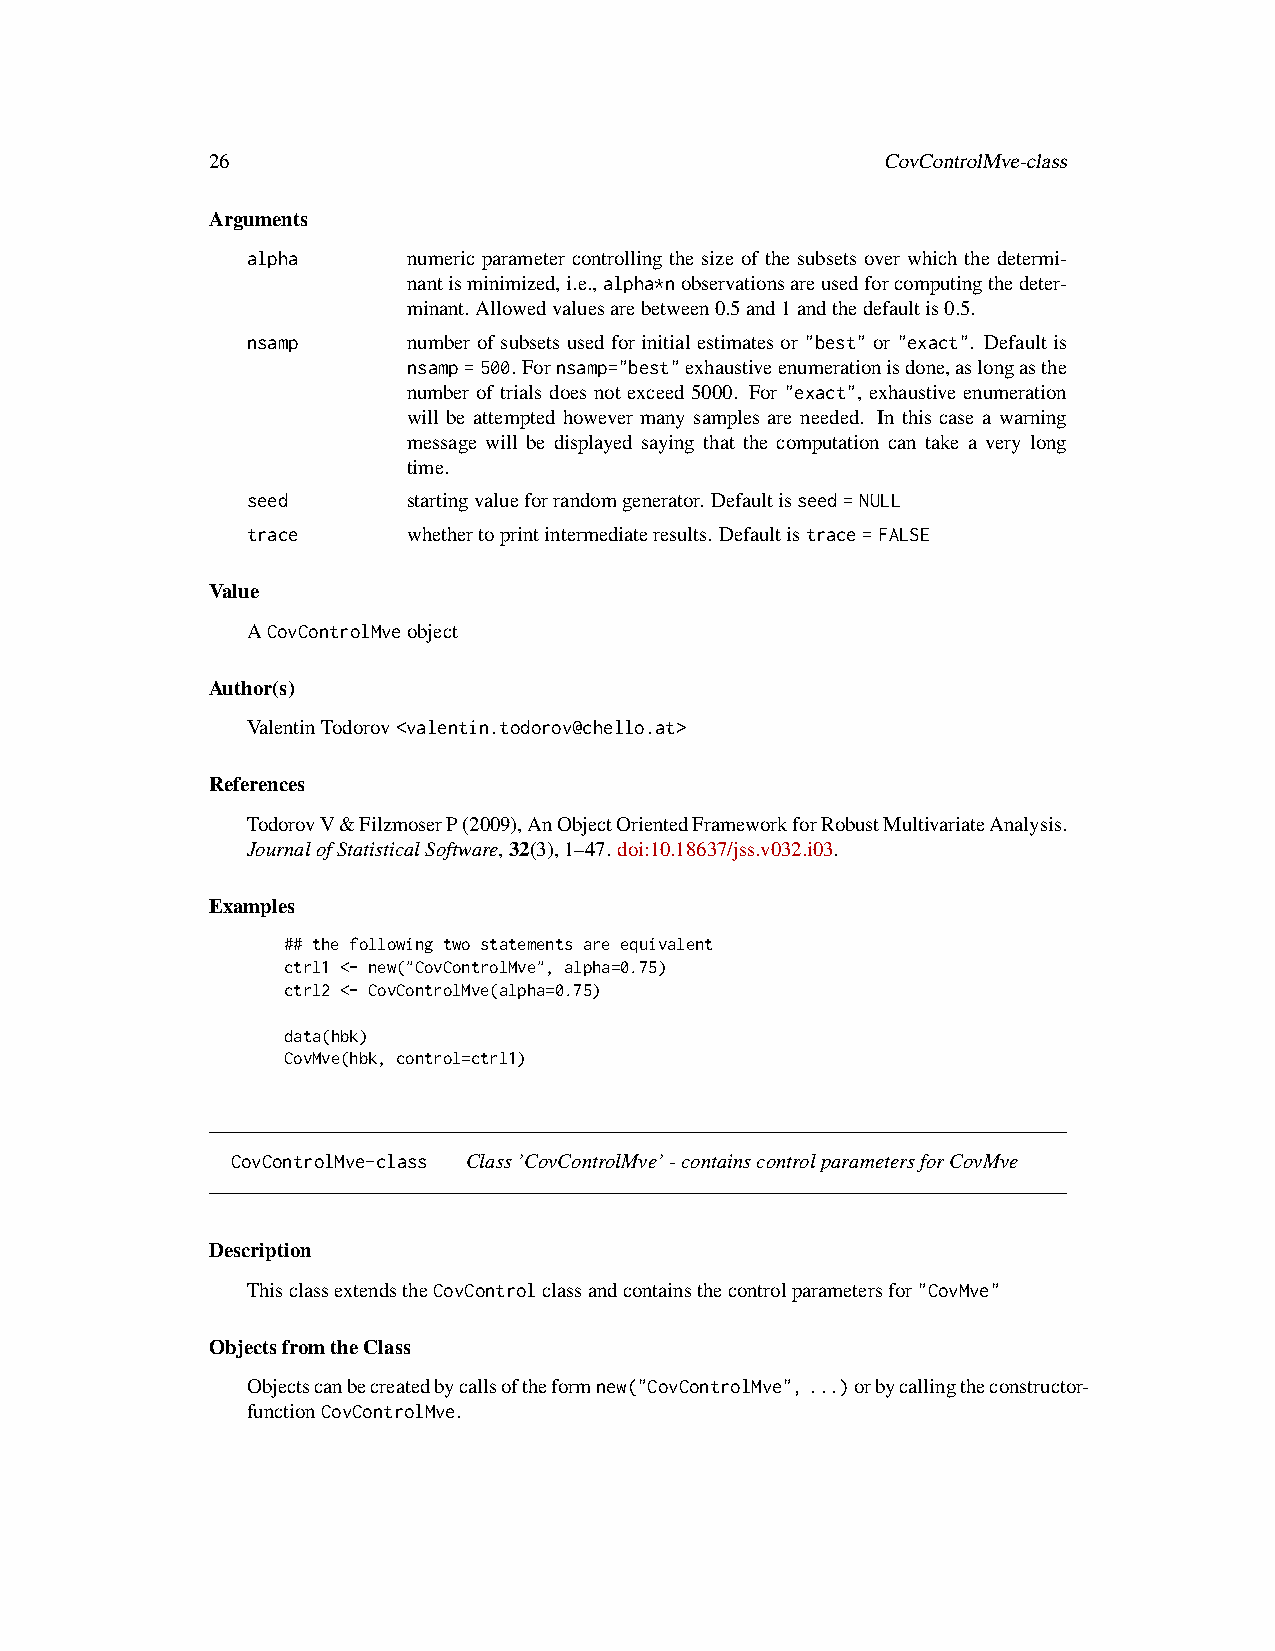
26                                           CovControlMve-class
 Arguments
 alpha      numeric parameter controlling the size of the subsets over which the determi-
 nantisminimized,i.e.,alpha*nobservationsareusedforcomputingthedeter-
 minant. Allowedvaluesarebetween0.5and1andthedefaultis0.5.
 nsamp      number of subsets used for initial estimates or "best" or "exact". Default is
 nsamp=500. Fornsamp="best"exhaustiveenumerationisdone,aslongasthe
 number of trials does not exceed 5000. For "exact", exhaustive enumeration
 will be attempted however many samples are needed. In this case a warning
 message will be displayed saying that the computation can take a very long
 time.
 seed       startingvalueforrandomgenerator. Defaultisseed=NULL
 trace      whethertoprintintermediateresults. Defaultistrace=FALSE
 Value
 ACovControlMveobject
 Author(s)
 ValentinTodorov<valentin.todorov@chello.at>
 References
 TodorovV&FilzmoserP(2009),AnObjectOrientedFrameworkforRobustMultivariateAnalysis.
 JournalofStatisticalSoftware,32(3),1–47. doi:10.18637/jss.v032.i03.
 Examples
 ## the following two statements are equivalent
 ctrl1 <- new("CovControlMve", alpha=0.75)
 ctrl2 <- CovControlMve(alpha=0.75)
 data(hbk)
 CovMve(hbk, control=ctrl1)
 CovControlMve-class Class’CovControlMve’-containscontrolparametersforCovMve
 Description
 ThisclassextendstheCovControlclassandcontainsthecontrolparametersfor"CovMve"
 ObjectsfromtheClass
 Objectscanbecreatedbycallsoftheformnew("CovControlMve",...)orbycallingtheconstructor-
 functionCovControlMve.